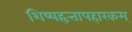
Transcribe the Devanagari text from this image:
शिष्यहृत्तापहारकम्